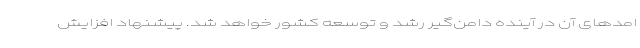
امدهای آن در آینده دامن‌گیر رشد و توسعه کشور خواهد شد. پیشنهاد افزایش